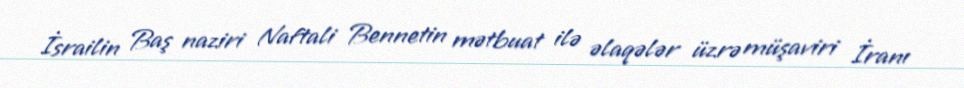
İsrailin Baş naziri Naftali Bennetin mətbuat ilə əlaqələr üzrə müşaviri İranı